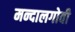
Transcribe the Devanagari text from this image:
मन्दालगोवी